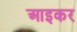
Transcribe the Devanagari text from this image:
आइकर